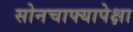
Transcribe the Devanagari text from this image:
सोनचाफ्यापेक्षा